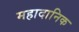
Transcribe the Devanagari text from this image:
महादानिक